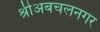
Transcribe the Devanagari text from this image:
श्रीअबचलनगर